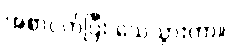
အစာငတ်ပြီး သေသွားတာ။